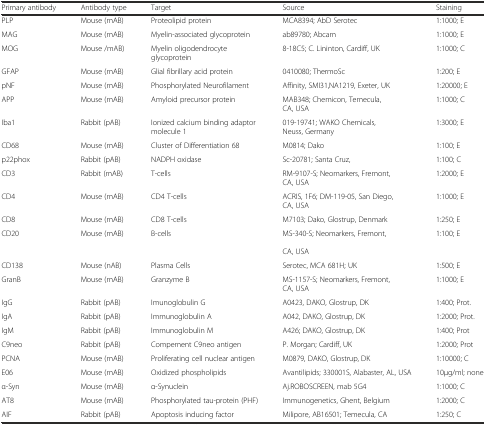
<table><thead><tr><td><b>Primary antibody</b></td><td><b>Antibody type</b></td><td><b>Target</b></td><td><b>Source</b></td><td><b>Staining</b></td></tr></thead><tbody><tr><td>PLP</td><td>Mouse (mAB)</td><td>Proteolipid protein</td><td>MCA8394; AbD Serotec</td><td>1:1000; E</td></tr><tr><td>MAG</td><td>Mouse (mAB)</td><td>Myelin-associated glycoprotein</td><td>ab89780; Abcam</td><td>1:1000; E</td></tr><tr><td>MOG</td><td>Mouse /mAB)</td><td>Myelin oligodendrocyte glycoprotein</td><td>8-18C5; C. Lininton, Cardiff, UK</td><td>1:1000; C</td></tr><tr><td>GFAP</td><td>Mouse (mAB)</td><td>Glial fibrillary acid protein</td><td>0410080; ThermoSc</td><td>1:200; E</td></tr><tr><td>pNF</td><td>Mouse (mAB)</td><td>Phosphorylated Neurofilament</td><td>Affinity, SMI31,NA1219, Exeter, UK</td><td>1:20000; E</td></tr><tr><td>APP</td><td>Mouse (mAB)</td><td>Amyloid precursor protein</td><td>MAB348; Chemicon, Temecula, CA, USA</td><td>1:1000; C</td></tr><tr><td>Iba1</td><td>Rabbit (pAB)</td><td>Ionized calcium binding adaptor molecule 1</td><td>019-19741; WAKO Chemicals, Neuss, Germany</td><td>1:3000; E</td></tr><tr><td>CD68</td><td>Mouse (mAB)</td><td>Cluster of Differentiation 68</td><td>M0814; Dako</td><td>1:100; E</td></tr><tr><td>p22phox</td><td>Rabbit (pAB)</td><td>NADPH oxidase</td><td>Sc-20781; Santa Cruz,</td><td>1:100; C</td></tr><tr><td>CD3</td><td>Rabbit (mAB)</td><td>T-cells</td><td>RM-9107-S; Neomarkers, Fremont, CA, USA</td><td>1:2000; E</td></tr><tr><td>CD4</td><td>Mouse (mAB)</td><td>CD4 T-cells</td><td>ACRIS, 1F6; DM-119-05, San Diego, CA, USA</td><td>1:1000; E</td></tr><tr><td>CD8</td><td>Mouse (mAB)</td><td>CD8 T-cells</td><td>M7103; Dako, Glostrup, Denmark</td><td>1:250; E</td></tr><tr><td>CD20</td><td>Mouse (mAB)</td><td>B-cells</td><td>MS-340-S; Neomarkers, Fremont, CA, USA</td><td>1:100; E</td></tr><tr><td>CD138</td><td>Mouse (nAB)</td><td>Plasma Cells</td><td>Serotec, MCA 681H; UK</td><td>1:500; E</td></tr><tr><td>GranB</td><td>Mouse (mAB)</td><td>Granzyme B</td><td>MS-1157-S; Neomarkers, Fremont, CA, USA</td><td>1:1000; E</td></tr><tr><td>IgG</td><td>Rabbit (pAB)</td><td>Imunoglobulin G</td><td>A0423, DAKO, Glostrup, DK</td><td>1:400; Prot.</td></tr><tr><td>IgA</td><td>Rabbit (pAB)</td><td>Immunoglobulin A</td><td>A042, DAKO, Glostrup, DK</td><td>1:2000; Prot.</td></tr><tr><td>IgM</td><td>Rabbit (pAB)</td><td>Immunoglobulin M</td><td>A426; DAKO, Glostrup, DK</td><td>1:400; Prot</td></tr><tr><td>C9neo</td><td>Rabbit (pAB)</td><td>Compement C9neo antigen</td><td>P. Morgan; Cardiff, UK</td><td>1:2000; Prot</td></tr><tr><td>PCNA</td><td>Mouse (mAB)</td><td>Proliferating cell nuclear antigen</td><td>M0879, DAKO, Glostrup, DK</td><td>1:10000; C</td></tr><tr><td>E06</td><td>Mouse (mAB)</td><td>Oxidized phospholipids</td><td>Avantilipids; 330001S, Alabaster, AL, USA</td><td>10μg/ml; none</td></tr><tr><td>α-Syn</td><td>Mouse (mAB)</td><td>α-Synuclein</td><td>Aj.ROBOSCREEN, mab 5G4</td><td>1:1000; C</td></tr><tr><td>AT8</td><td>Mouse (mAB)</td><td>Phosphorylated tau-protein (PHF)</td><td>Immunogenetics, Ghent, Belgium</td><td>1:2000; C</td></tr><tr><td>AIF</td><td>Rabbit (pAB)</td><td>Apoptosis inducing factor</td><td>Milipore, AB16501; Temecula, CA</td><td>1:250; C</td></tr></tbody></table>